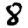
Digit: 8